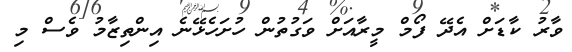
ވާރު ކާޑަށް އެދޭ ފޯމް މީރާއަށް ވަގުތުން ހުށަހެޅޭނެ އިންތިޒާމު ވެސް މި